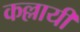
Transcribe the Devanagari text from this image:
कल्लायी